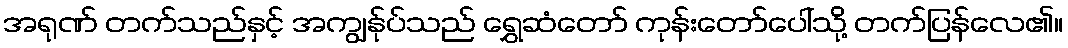
အရုဏ် တက်သည်နှင့် အကျွန်ုပ်သည် ရွှေဆံတော် ကုန်းတော်ပေါ်သို့ တက်ပြန်လေ၏။